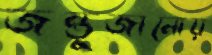
জন্তুজানোয়